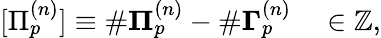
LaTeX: \begin{array}{r}{[\Pi_{p}^{(n)}]\equiv\# {\mathbf\Pi}_{p}^{(n)}-\# \mathbf{\Gamma}_{p}^{(n)}\quad\in\mathbb{Z},}\end{array}